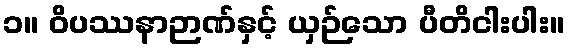
၁။ ဝိပဿနာဉာဏ်နှင့် ယှဉ်သော ပီတိငါးပါး။